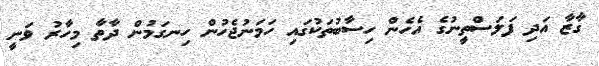
ގާޒާ އަދި ފަލަސްތީނުގެ އެހެން ހިސާބުތަކުގައި ހަމަނުޖެހުން ހިނގަމުން ދާތާ މިހާރު ވަނީ